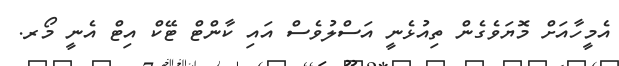
އެމީހާއަށް މޮޔަވެގެން ތިއުޅެނީ އަސްލުވެސް އައި ކާންޓް ޓޭކް އިޓް އެނީ މޯރ.